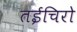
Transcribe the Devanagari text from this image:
तईचिरो